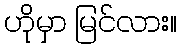
ဟိုမှာ မြင်လား။